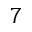
7